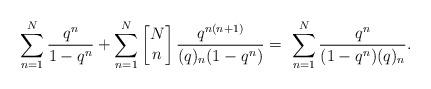
LaTeX: \begin{align*}\sum_{n=1}^{N}\frac{q^n}{1-q^n}+ \sum_{n = 1}^{N}\left[\begin{matrix} N \\ n \end{matrix} \right]\frac{q^{n(n+1)}}{(q)_n (1 - q^n)} = \ \sum_{n = 1}^{N}\frac{q^n}{(1 - q^n)(q)_n}. \end{align*}